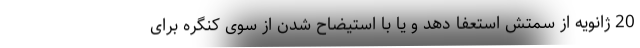
20 ژانویه از سمتش استعفا دهد و یا با استیضاح شدن از سوی کنگره برای